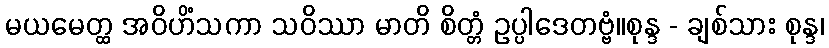
မယမေတ္ထ အဝိဟိံသကာ သဝိဿာ မာတိ စိတ္တံ ဥပ္ပါဒေတဗ္ဗံ။စုန္ဒ - ချစ်သား စုန္ဒ၊